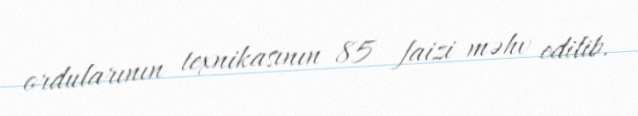
ordularının texnikasının 85 faizi məhv edilib.